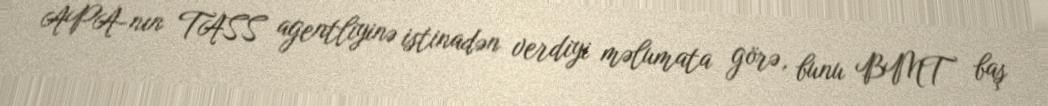
APA-nın TASS agentliyinə istinadən verdiyi məlumata görə, bunu BMT baş